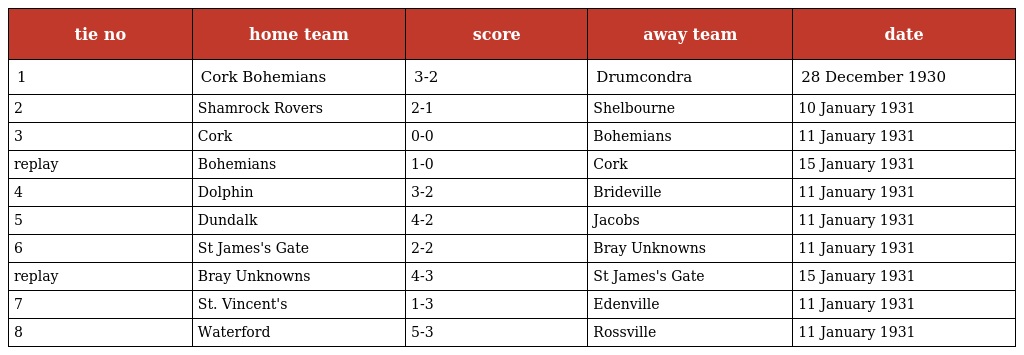
| tie no | home team | score | away team | date |
 | --- | --- | --- | --- | --- |
 | 1 | Cork Bohemians | 3-2 | Drumcondra | 28 December 1930 |
 | 2 | Shamrock Rovers | 2-1 | Shelbourne | 10 January 1931 |
 | 3 | Cork | 0-0 | Bohemians | 11 January 1931 |
 | replay | Bohemians | 1-0 | Cork | 15 January 1931 |
 | 4 | Dolphin | 3-2 | Brideville | 11 January 1931 |
 | 5 | Dundalk | 4-2 | Jacobs | 11 January 1931 |
 | 6 | St James's Gate | 2-2 | Bray Unknowns | 11 January 1931 |
 | replay | Bray Unknowns | 4-3 | St James's Gate | 15 January 1931 |
 | 7 | St. Vincent's | 1-3 | Edenville | 11 January 1931 |
 | 8 | Waterford | 5-3 | Rossville | 11 January 1931 |